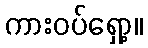
ကားဝပ်ရှော့။